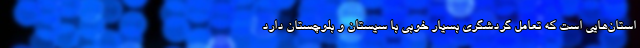
استان‌هایی است که تعامل گردشگری بسیار خوبی با سیستان و بلوچستان دارد